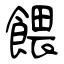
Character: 餵